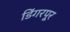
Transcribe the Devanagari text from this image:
डिंगरपूर